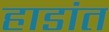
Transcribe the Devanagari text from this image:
हाडांत